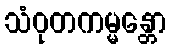
သံဝုတကမ္မန္တော